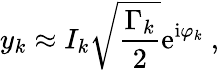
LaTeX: y_{k}\approx I_{k}\sqrt{\frac{\Gamma_{k}}{2}}\mathrm{e}^{\mathrm{i}\varphi_{k}}\ ,